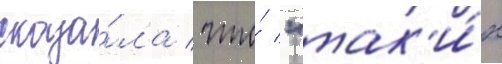
сказа́ла / что́ "так'и́х